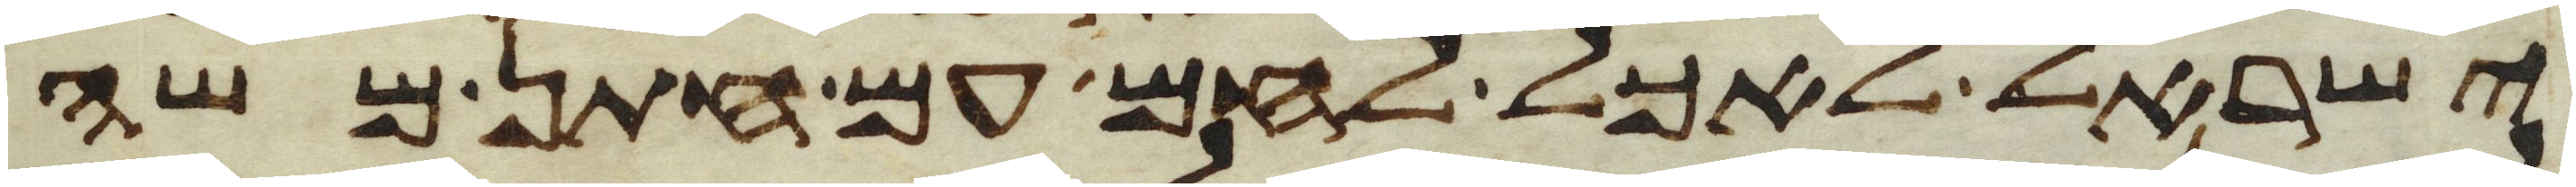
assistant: ישראל לאכל לחם עם חתן משה